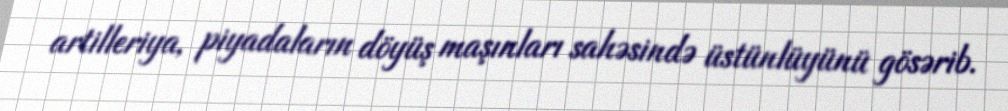
artilleriya, piyadaların döyüş maşınları sahəsində üstünlüyünü gösərib.